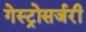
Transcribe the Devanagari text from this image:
गेस्ट्रोसर्जरी